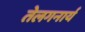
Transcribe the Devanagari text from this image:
तेलगनार्य